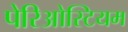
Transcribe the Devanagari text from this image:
पेरिओस्टियम